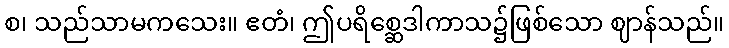
စ၊ သည်သာမကသေး။ ဧတံ၊ ဤပရိစ္ဆေဒါကာသ၌ဖြစ်သော ဈာန်သည်။